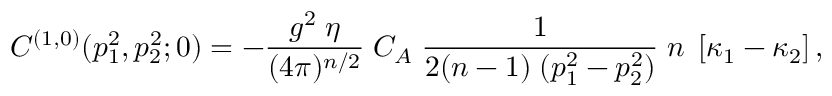
C ^ { ( 1 , 0 ) } ( p _ { 1 } ^ { 2 } , p _ { 2 } ^ { 2 } ; 0 ) = - \frac { g ^ { 2 } \; \eta } { ( 4 \pi ) ^ { n / 2 } } \; C _ { A } \; \frac { 1 } { 2 ( n - 1 ) \; ( p _ { 1 } ^ { 2 } - p _ { 2 } ^ { 2 } ) } \; n \; \left[ \kappa _ { 1 } - \kappa _ { 2 } \right] ,